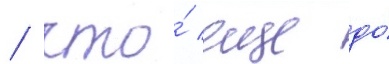
/ что́ еще до́